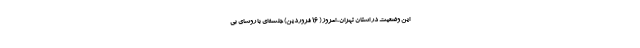
این وضعیت در استان تهران، امروز ( ۱۶ فروردین) جلسه‌ای با روسای بی